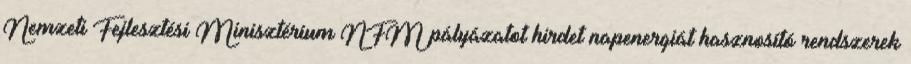
Nemzeti Fejlesztési Minisztérium NFM pályázatot hirdet napenergiát hasznosító rendszerek